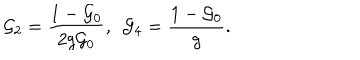
{ \cal G } _ { 2 } = \frac { 1 - { \cal G } _ { 0 } } { 2 g { \cal G } _ { 0 } } , ~ ~ { \cal G } _ { 4 } = \frac { 1 - { \cal G } _ { 0 } } { g } .